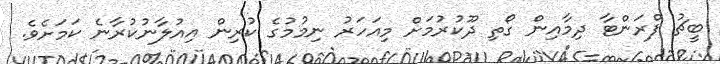
ބީޗު ފްރަންޓާ ދިމާއިން ގޯތި ދޫކުރުމަށް މިއަހަރު ނިމުމުގެ ކުރިން އިއުލާނުކުރާނެ ކަމަށެވެ.